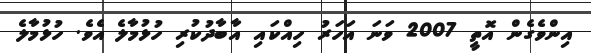
އިންވެގެން އޮތީ 2007 ވަނަ އަހަރު ހިއްކައި އާބާދުކުރި ހުޅުމާލެ އެވެ. ހުޅުމާލެ